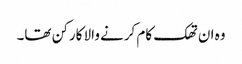
وہ ان تھک کام کرنے والا کارکن تھا۔